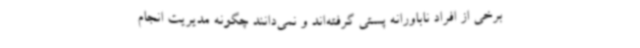
برخی از افراد ناباورانه پستی گرفته‌اند و نمی‌دانند چگونه مدیریت انجام